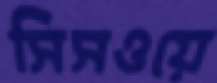
সিসওয়ে